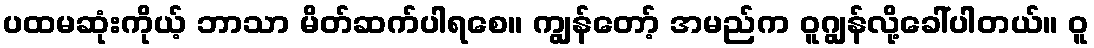
ပထမဆုံးကိုယ့် ဘာသာ မိတ်ဆက်ပါရစေ။ ကျွန်တော့် အမည်က ဝူဂျွန်လို့ခေါ်ပါတယ်။ ဝူ